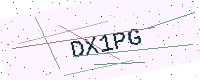
Text: DX1PG